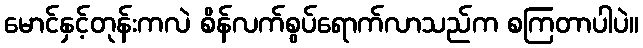
မောင်နှင့်တုန်းကလဲ စိန်လက်စွပ်ရောက်လာသည်က စကြတာပါပဲ။